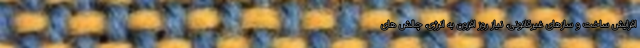
افزایش ساخت و سازهای غیرقانونی، نیاز روز افزون به انرژی، چالش های